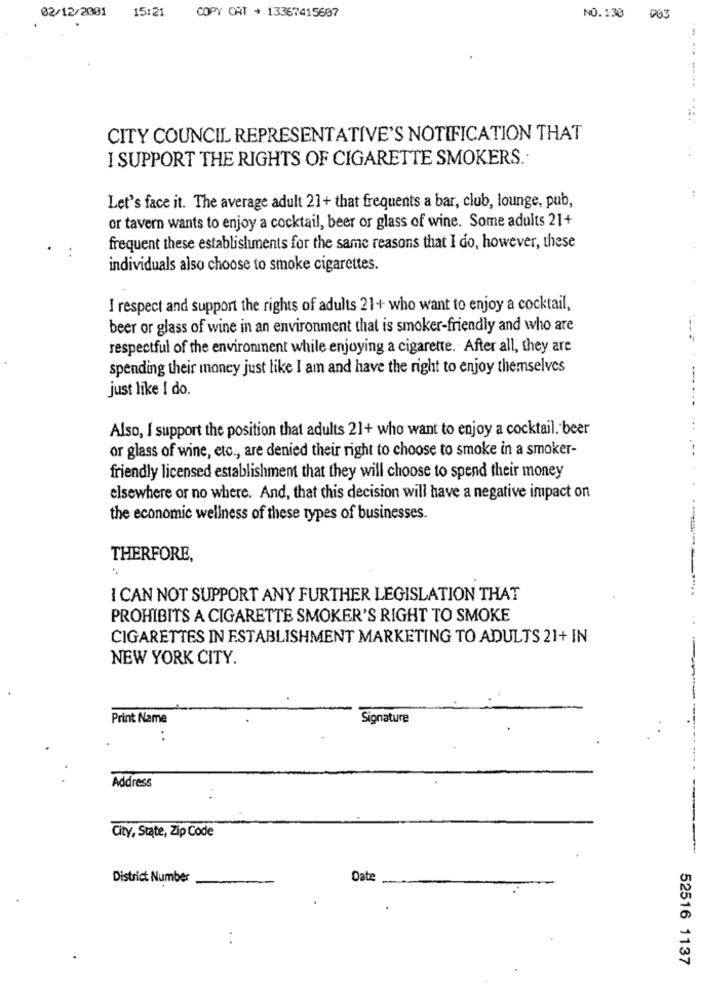
15:21
02/12/2001
COPY CAT + 13367415607
NO. 130
P03
......
CITY COUNCIL REPRESENTATIVE'S NOTIFICATION THAT
I SUPPORT THE RIGHTS OF CIGARETTE SMOKERS ..
Let's face it. The average adult 21+ that frequents a bar, club, lounge, pub,
or tavern wants to enjoy a cocktail, beer or glass of wine. Some adults 21+
frequent these establishments for the same reasons that I do, however, these
individuals also choose to smoke cigarettes.
I respect and support the rights of adults 21+ who want to enjoy a cocktail,
beer or glass of wine in an environment that is smoker-friendly and who are
respectful of the environment while enjoying a cigarette. After all, they are
spending their money just like I am and have the right to enjoy themselves
just like I do.
Also, I support the position that adults 21+ who want to enjoy a cocktail. beer
or glass of wine, etc ., are denied their right to choose to smoke in a smoker-
. -.
friendly licensed establishment that they will choose to spend their money
elsewhere or no where. And, that this decision will have a negative impact on
the economic wellness of these types of businesses.
THERFORE,
I CAN NOT SUPPORT ANY FURTHER LEGISLATION THAT
PROHIBITS A CIGARETTE SMOKER'S RIGHT TO SMOKE
CIGARETTES IN ESTABLISHMENT MARKETING TO ADULTS 21+ IN
NEW YORK CITY.
Print Name
Signature
Address
City, State, Zip Code
District Number
Date
...
52516 1137